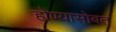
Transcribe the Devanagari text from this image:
होण्यासोबत